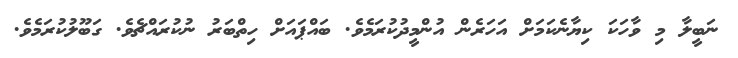
ނަބީލާ މި ވާހަކަ ކިޔާނެކަމަށް އަހަރެން އުންމީދުކުރަމެވެ. ބައްޕައަށް ހިތްބަރު ނުކުރައްޗެވެ. ގަބޫލުކުރަމެވެ.